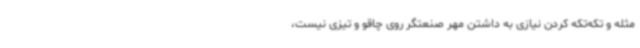
مثله و تکه‌تکه کردن نیازی به داشتن مهر صنعتگر روی چاقو و تیزی نیست،